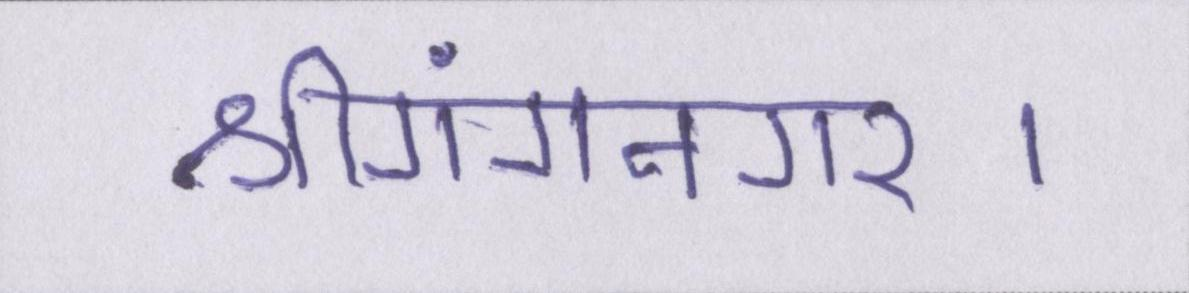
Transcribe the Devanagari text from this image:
श्रीगंगानगर।